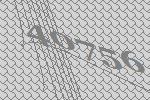
40756